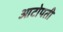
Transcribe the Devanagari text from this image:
आटोपती